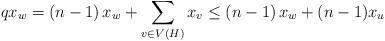
LaTeX: \begin{align*}qx_{w}=\left( n-1\right) x_{w}+\sum_{v\in V\left( H\right) }x_{v}\leq\left( n-1\right) x_{w}+(n-1)x_{u} \end{align*}